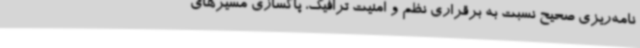
نامه‌ریزی صحیح نسبت به برقراری نظم و امنیت ترافیک، پاکسازی مسیرهای